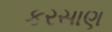
કરસાણ